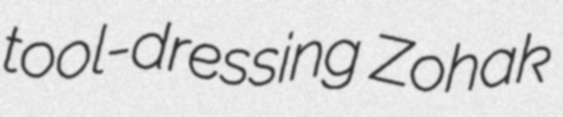
tool-dressing Zohak